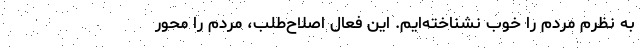
به نظرم مردم را خوب نشناخته‌ایم. این فعال اصلاح‌طلب، مردم را محور